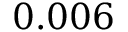
0 . 0 0 6